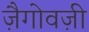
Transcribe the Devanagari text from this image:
ज़ैगोवज़ी